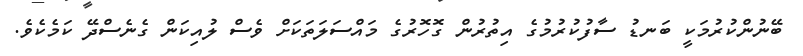
ބޭނުންކުރުމަކީ ބަނޑު ސާފުކުރުމުގެ އިތުރުން ގޮހޮރުގެ މައްސަލަތަކަށް ވެސް ލުއިކަން ގެނެސްދޭ ކަމެކެވެ.